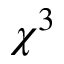
\chi ^ { 3 }